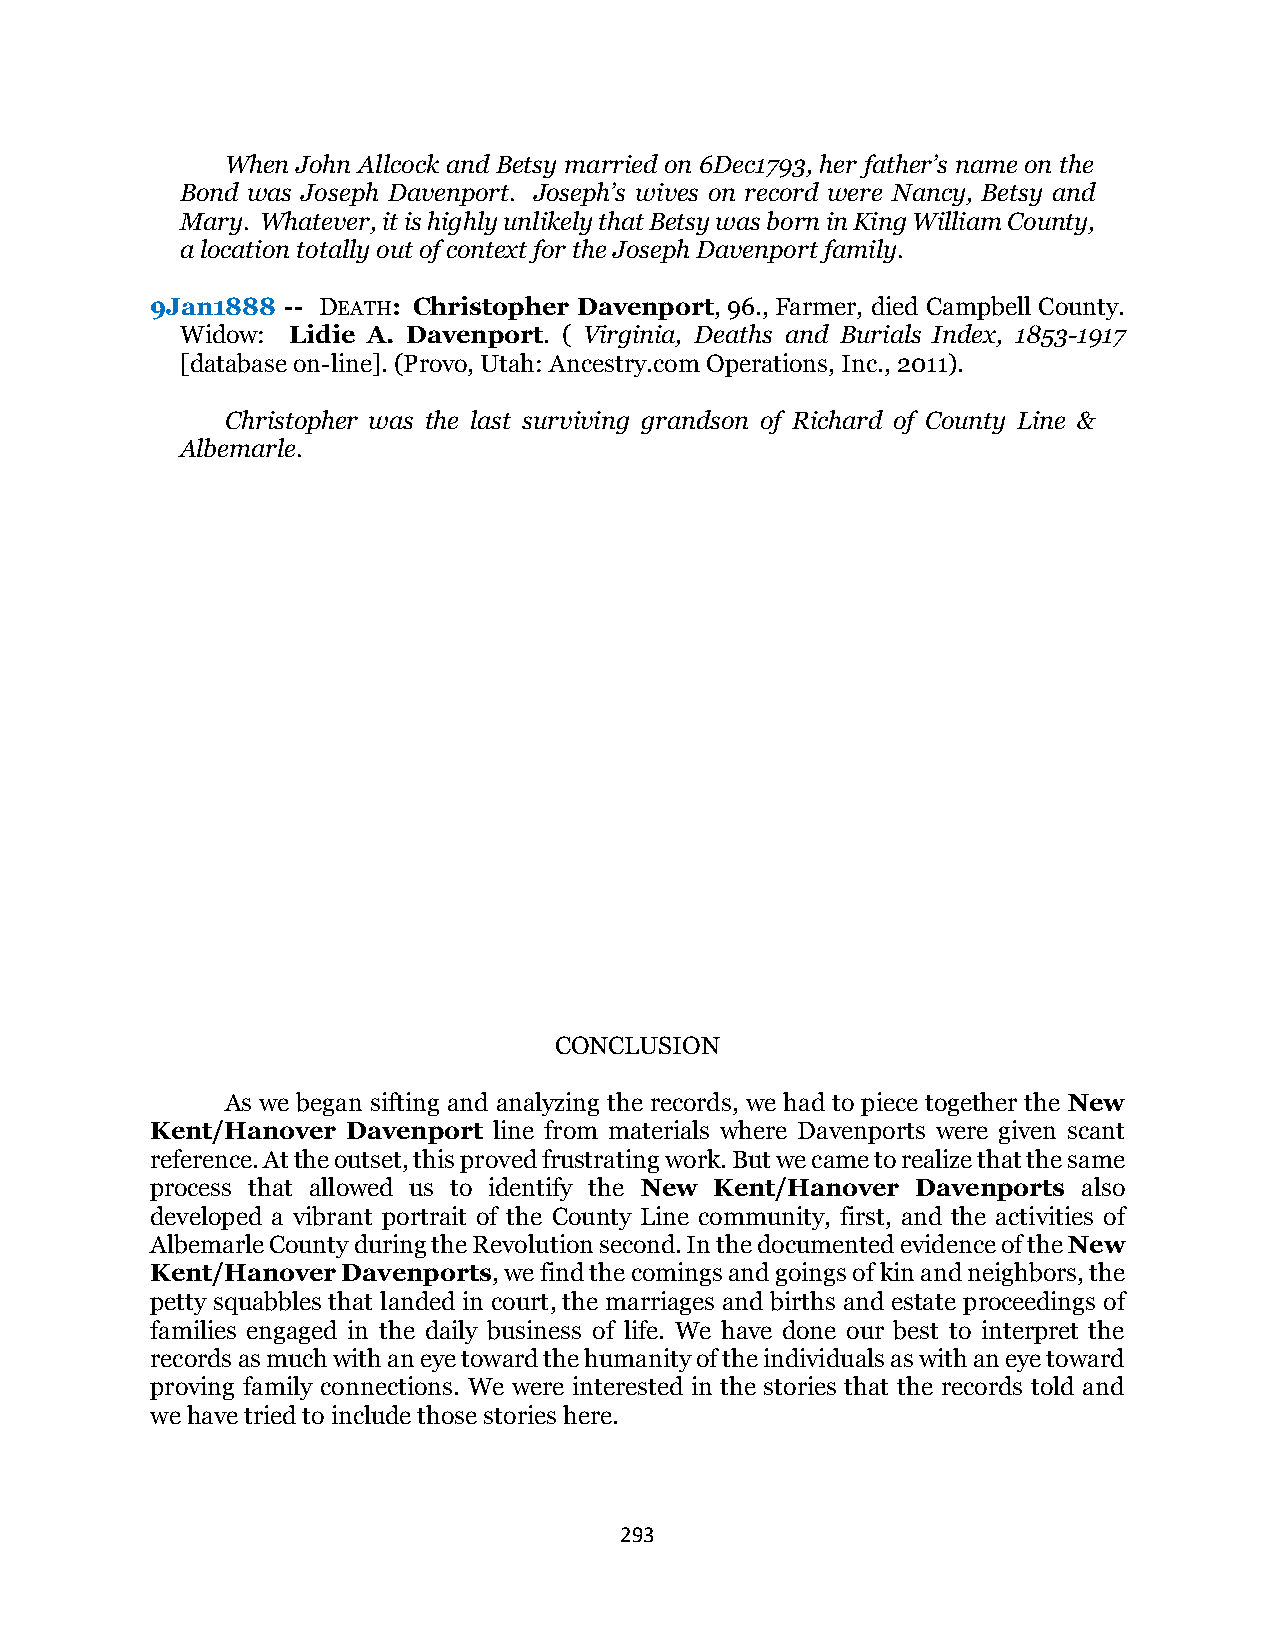
When John Allcock and Betsy married on 6Dec1793, her father’s name on the
 Bond was Joseph Davenport. Joseph’s wives on record were Nancy, Betsy and
 Mary. Whatever, it is highly unlikely that Betsy was born in King William County,
 a location totally out of context for the Joseph Davenport family.
 9Jan1888 -- DEATH: Christopher Davenport, 96., Farmer, died Campbell County.
 Widow: Lidie A. Davenport. ( Virginia, Deaths and Burials Index, 1853-1917
 [database on-line]. (Provo, Utah: Ancestry.com Operations, Inc., 2011).
 Christopher was the last surviving grandson of Richard of County Line &
 Albemarle.
 CONCLUSION
 As we began sifting and analyzing the records, we had to piece together the New
 Kent/Hanover Davenport line from materials where Davenports were given scant
 reference. At the outset, this proved frustrating work. But we came to realize that the same
 process that allowed us to identify the New Kent/Hanover Davenports also
 developed a vibrant portrait of the County Line community, first, and the activities of
 Albemarle County during the Revolution second. In the documented evidence of the New
 Kent/Hanover Davenports, we find the comings and goings of kin and neighbors, the
 petty squabbles that landed in court, the marriages and births and estate proceedings of
 families engaged in the daily business of life. We have done our best to interpret the
 records as much with an eye toward the humanity of the individuals as with an eye toward
 proving family connections. We were interested in the stories that the records told and
 we have tried to include those stories here.
 293